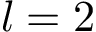
l = 2